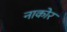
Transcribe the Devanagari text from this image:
नाकोर